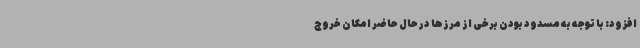
افزود: با توجه به مسدود بودن برخی از مرزها در حال حاضر امکان خروج